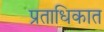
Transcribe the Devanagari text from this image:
प्रताधिकात